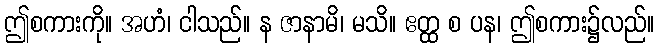
ဤစကားကို။ အဟံ၊ ငါသည်။ န ဇာနာမိ၊ မသိ။ ဧတ္ထ စ ပန၊ ဤစကား၌လည်။